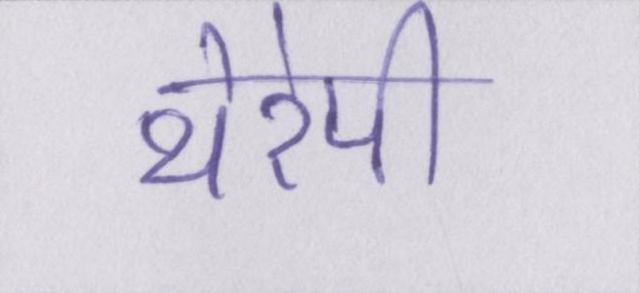
थेरेपी